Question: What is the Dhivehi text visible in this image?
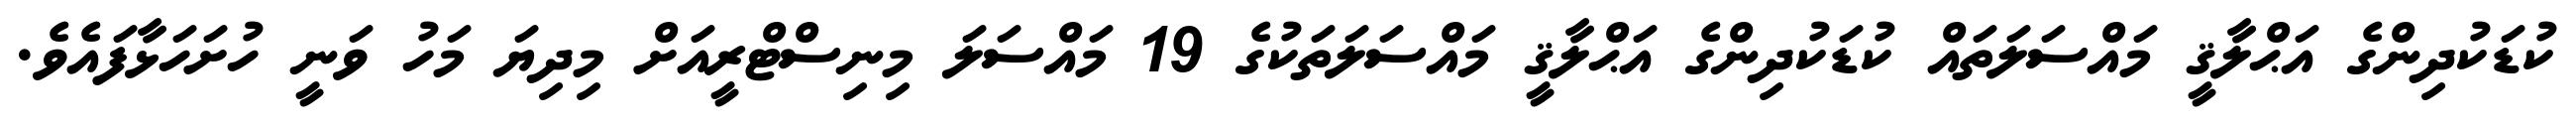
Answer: ކުޑަކުދިންގެ އަޙްލާޤީ މައްސަލަތައް ކުޑަކުދިންގެ އަޙްލާޤީ މައްސަލަތަކުގެ 19 މައްސަލަ މިނިސްޓްރީއަށް މިދިޔަ މަހު ވަނީ ހުށަހަޅާފައެވެ.